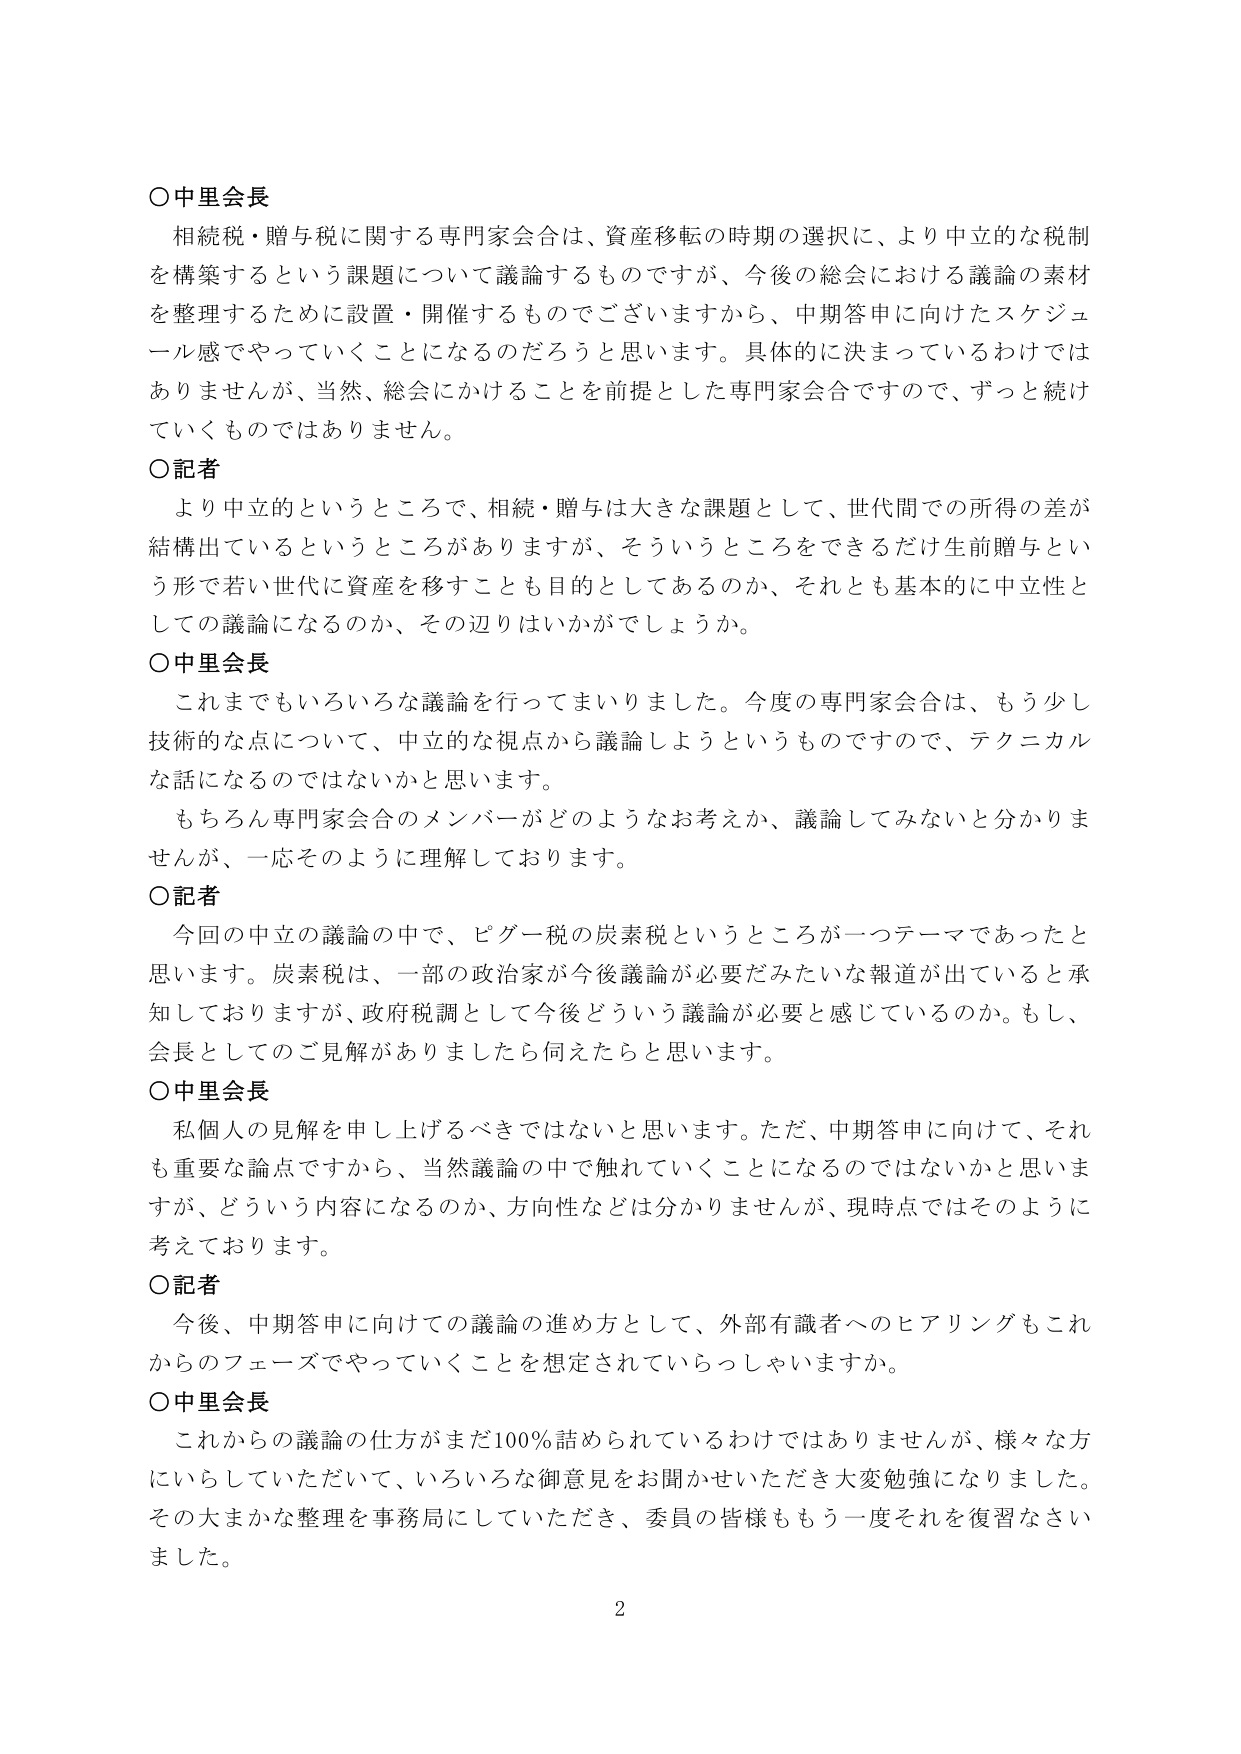
○中里会長
相続税・贈与税に関する専門家会合は、資産移転の時期の選択に、より中立的な税制を構築するという課題について議論するものですが、今後の総会における議論の素材を整理するために設置・開催するものでございますから、中期答申に向けたスケジュール感でやっていくことになるのだろうと思います。具体的に決まっているわけではありませんが、当然、総会にかけることを前提とした専門家会合ですので、ずっと続けていくものではありません。

○記者
より中立的というところで、相続・贈与は大きな課題として、世代間での所得の差が結構出ているというところがありますが、そういうところをできるだけ生前贈与という形で若い世代に資産を移すことも目的としてあるのか、それとも基本的に中立性としての議論になるのか、その辺りはいかがでしょうか。

○中里会長
これまでもいろいろな議論を行ってまいりました。今度の専門家会合は、もう少し技術的な点について、中立的な視点から議論しようというものですので、テクニカルな話になるのではないかと思います。
もちろん専門家会合のメンバーがどのようなお考えか、議論してみないと分かりませんが、一応そのように理解しております。

○記者
今回の中立の議論の中で、ピゲー税の炭素税というところが一つテーマであったと思います。炭素税は、一部の政治家が今後議論が必要だみたいな報道が出ていると承知しておりますが、政府税調として今後どういう議論が必要と感じているのか。もし、会長としてのご見解がありましたら伺えたらと思います。

○中里会長
私個人の見解を申し上げるべきではないと思います。ただ、中期答申に向けて、それも重要な論点ですから、当然議論の中で触れていくことになるのではないかと思いますが、どういう内容になるのか、方向性などは分かりませんが、現時点ではそのように考えております。

○記者
今後、中期答申に向けての議論の進め方として、外部有識者へのヒアリングもこれからのフェーズでやっていくことを想定されていらっしゃいますか。

○中里会長
これからの議論の仕方がまだ100％詰められているわけではありませんが、様々な方にいらしていただいて、いろいろな御意見をお聞かせいただき大変勉強になりました。その大まかな整理を事務局にしていただき、委員の皆様ももう一度それを復習なさいました。

2